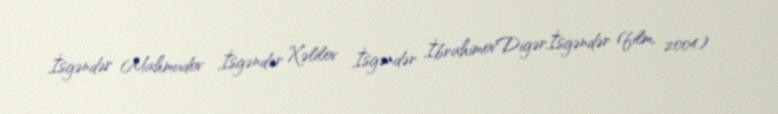
İsgəndər Mahmudov İsgəndər Xəlilov İsgəndər İbrahimovDigərİsgəndər (film, 2004)